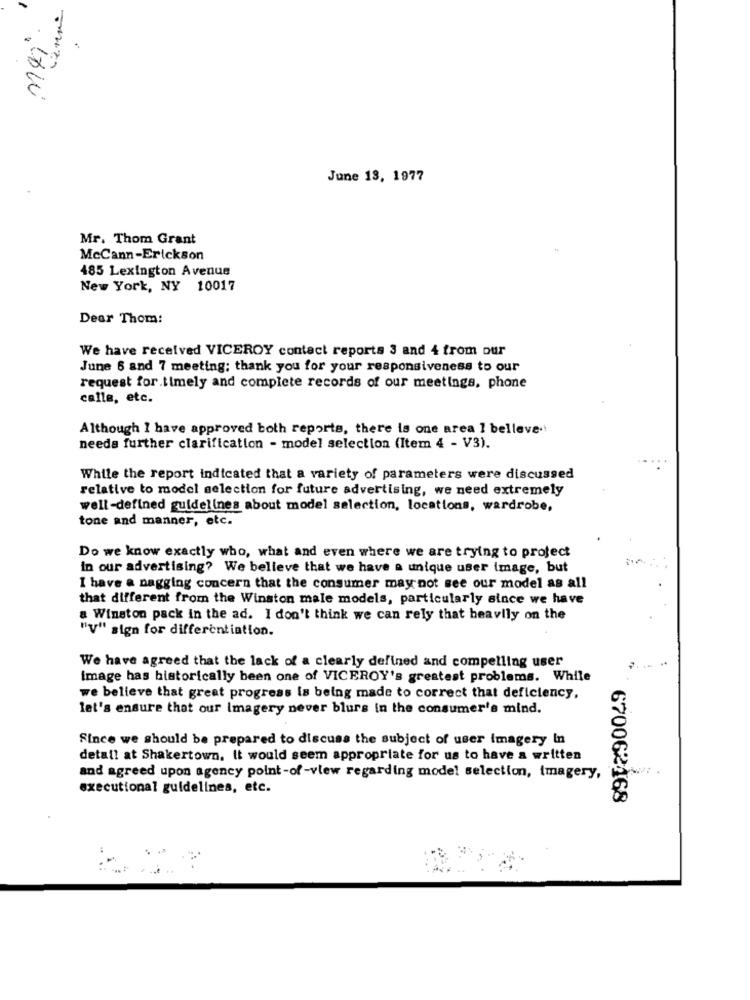
June 13, 1977
Mr. Thom Grant
McCann-Erickson
485 Lexington Avenue
New York, NY 10017
Dear Thom:
We have received VICEROY contact reports 3 and 4 from our
June 6 and 7 meeting; thank you for your responsiveness to our
request for.timely and complete records of our meetings, phone
calle, etc.
Although I have approved both reports, there is one area 1 belleve.
needs further clarification - model selection (Item 4 - V3).
While the report indicated that a variety of parameters were discussed
relative to model selection for future advertising, we need extremely
well-defined guidelines about model selection, locations, wardrobe,
tone and manner, etc.
Do we know exactly who, what and even where we are trying to protect
in our advertising? We believe that we have a unique user image, but
I have a nagging concern that the consumer may not see our model as all
that different from the Winston male models, particularly since we have
& Winston pack in the ad. I don't think we can rely that heavily on the
"y" sign for differentiation.
We have agreed that the lack of a clearly defined and compelling user
image has historically been one of VICEROY's greatest problems. While
we believe that great progress is being made to correct that deficiency,
let's ensure that our Imagery never blurs in the consumer's mind.
Since we should be prepared to discuss the subject of user imagery In
detall at Shakertown. it would seem appropriate for us to have a written
and agreed upon agency point-of -view regarding model selection, imagery,
executional guidelines, etc.
670062468